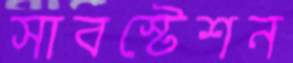
সাবস্টেশন